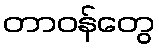
တာဝန်တွေ